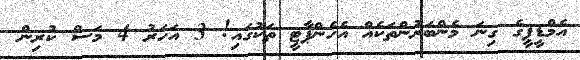
އެމްޑީޕީގެ ގިނަ މެންބަރުންތަކެއް އެހެންޕާޓީ ތަކުގައި! 3 އަހަރު 4 މަސް ކުރިން